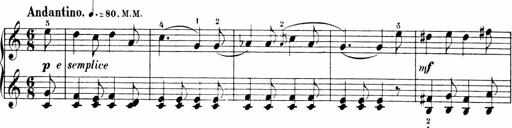
Title: Sonatinen Op.47, 98 und 136, nebst 6 Liedersonatinen
Composer: Carl Reinecke